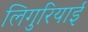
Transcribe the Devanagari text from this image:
लिगुरियाई